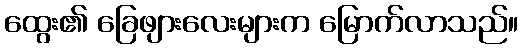
ထွေး၏ ခြေဖျားလေးများက မြောက်လာသည်။